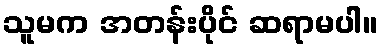
သူမက အတန်းပိုင် ဆရာမပါ။